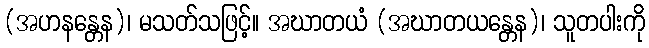
(အဟနန္တေန)၊ မသတ်သဖြင့်။ အဃာတယံ (အဃာတယန္တေန)၊ သူတပါးကို